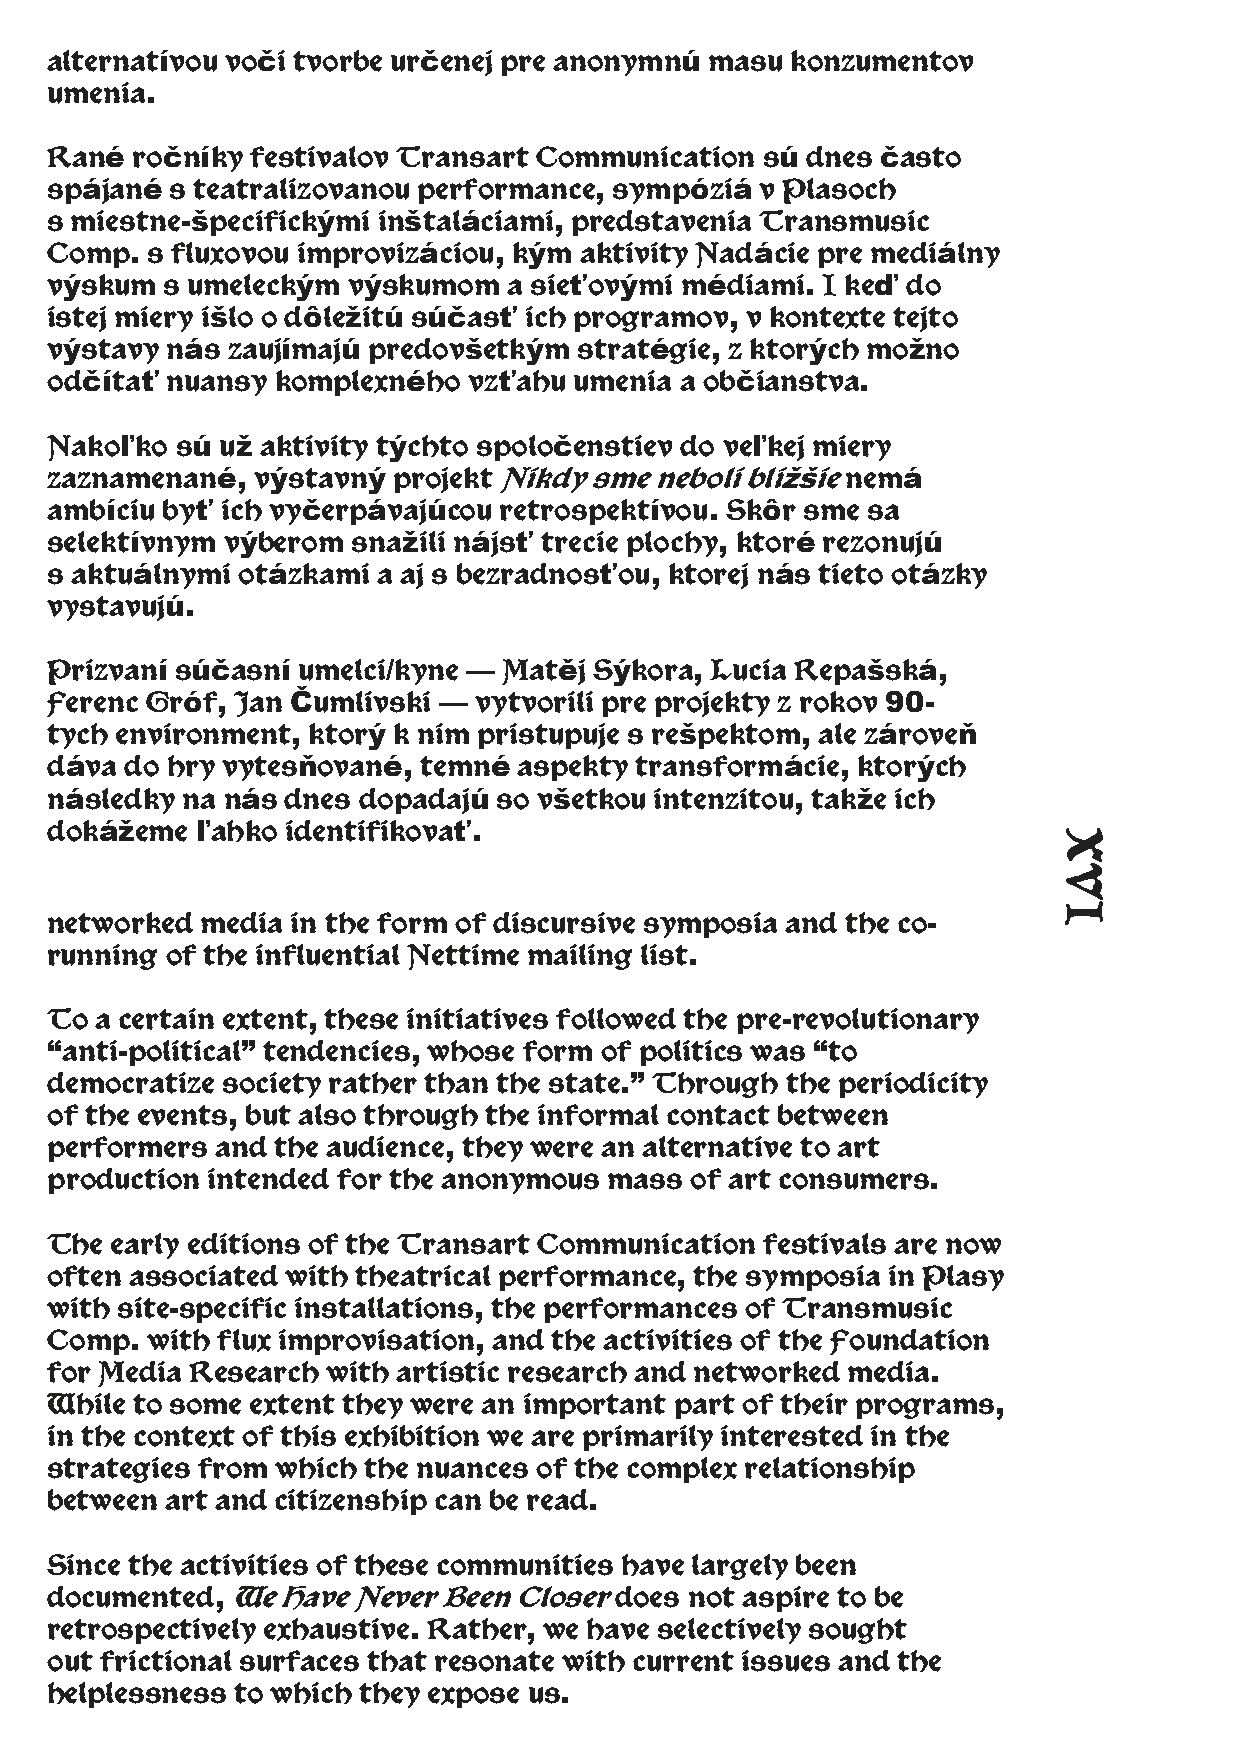
alternatívou voči tvorbe určenej pre anonymnú masu konzumentov
 umenia.
 Rané  ročníky festivalov Transart Communication sú dnes často
 spájané s teatralizovanou performance, sympóziá v Plasoch
 s miestne-špecifickými inštaláciami, predstavenia Transmusic
 Comp.  s fluxovou improvizáciou, kým aktivity Nadácie pre mediálny
 výskum  s umeleckým výskumom   a sieťovými médiami. I keď do
 istej miery išlo o dôležitú súčasť ich programov, v kontexte tejto
 výstavy nás zaujímajú predovšetkým stratégie, z ktorých možno
 odčítať nuansy komplexného  vzťahu umenia a občianstva.
 Nakoľko  sú už aktivity týchto spoločenstiev do veľkej miery
 zaznamenané,  výstavný projekt Nikdy sme neboli bližšie nemá
 ambíciu byť ich vyčerpávajúcou retrospektívou. Skôr sme sa
 selektívnym výberom snažili nájsť trecie plochy, ktoré rezonujú
 s aktuálnymi otázkami a aj s bezradnosťou, ktorej nás tieto otázky
 vystavujú.
 Prizvaní súčasní umelci/kyne — Matěj Sýkora, Lucia Repašská,
 Ferenc Gróf, Jan Čumlivski — vytvorili pre projekty z rokov 90-
 tych environment, ktorý k nim pristupuje s rešpektom, ale zároveň
 dáva do hry vytesňované, temné aspekty transformácie, ktorých
 následky na nás dnes dopadajú so všetkou intenzitou, takže ich
 dokážeme  ľahko identifikovať.
 networked media in the form of discursive symposia and the co-
 running of the influential Nettime mailing list.
 To a certain extent, these initiatives followed the pre-revolutionary
 “anti-political” tendencies, whose form of politics was “to
 democratize society rather than the state.” Through the periodicity
 of the events, but also through the informal contact between
 performers and the audience, they were an alternative to art
 production intended for the anonymous mass of art consumers.
 The early editions of the Transart Communication festivals are now
 often associated with theatrical performance, the symposia in Plasy
 with site-specific installations, the performances of Transmusic
 Comp.  with flux improvisation, and the activities of the Foundation
 for Media Research with artistic research and networked media.
 While to some extent they were an important part of their programs,
 in the context of this exhibition we are primarily interested in the
 strategies from which the nuances of the complex relationship
 between art and citizenship can be read.
 Since the activities of these communities have largely been
 documented, We  Have Never Been Closer does not aspire to be
 retrospectively exhaustive. Rather, we have selectively sought
 out frictional surfaces that resonate with current issues and the
 helplessness to which they expose us.
 XVI